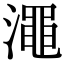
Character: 澠